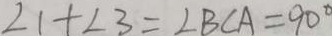
\angle 1 + \angle 3 = \angle B C A = 9 0 ^ { \circ }